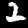
Digit: 2